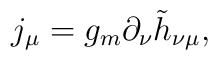
j_\mu=g_m\partial_\nu\tilde h_{\nu\mu},